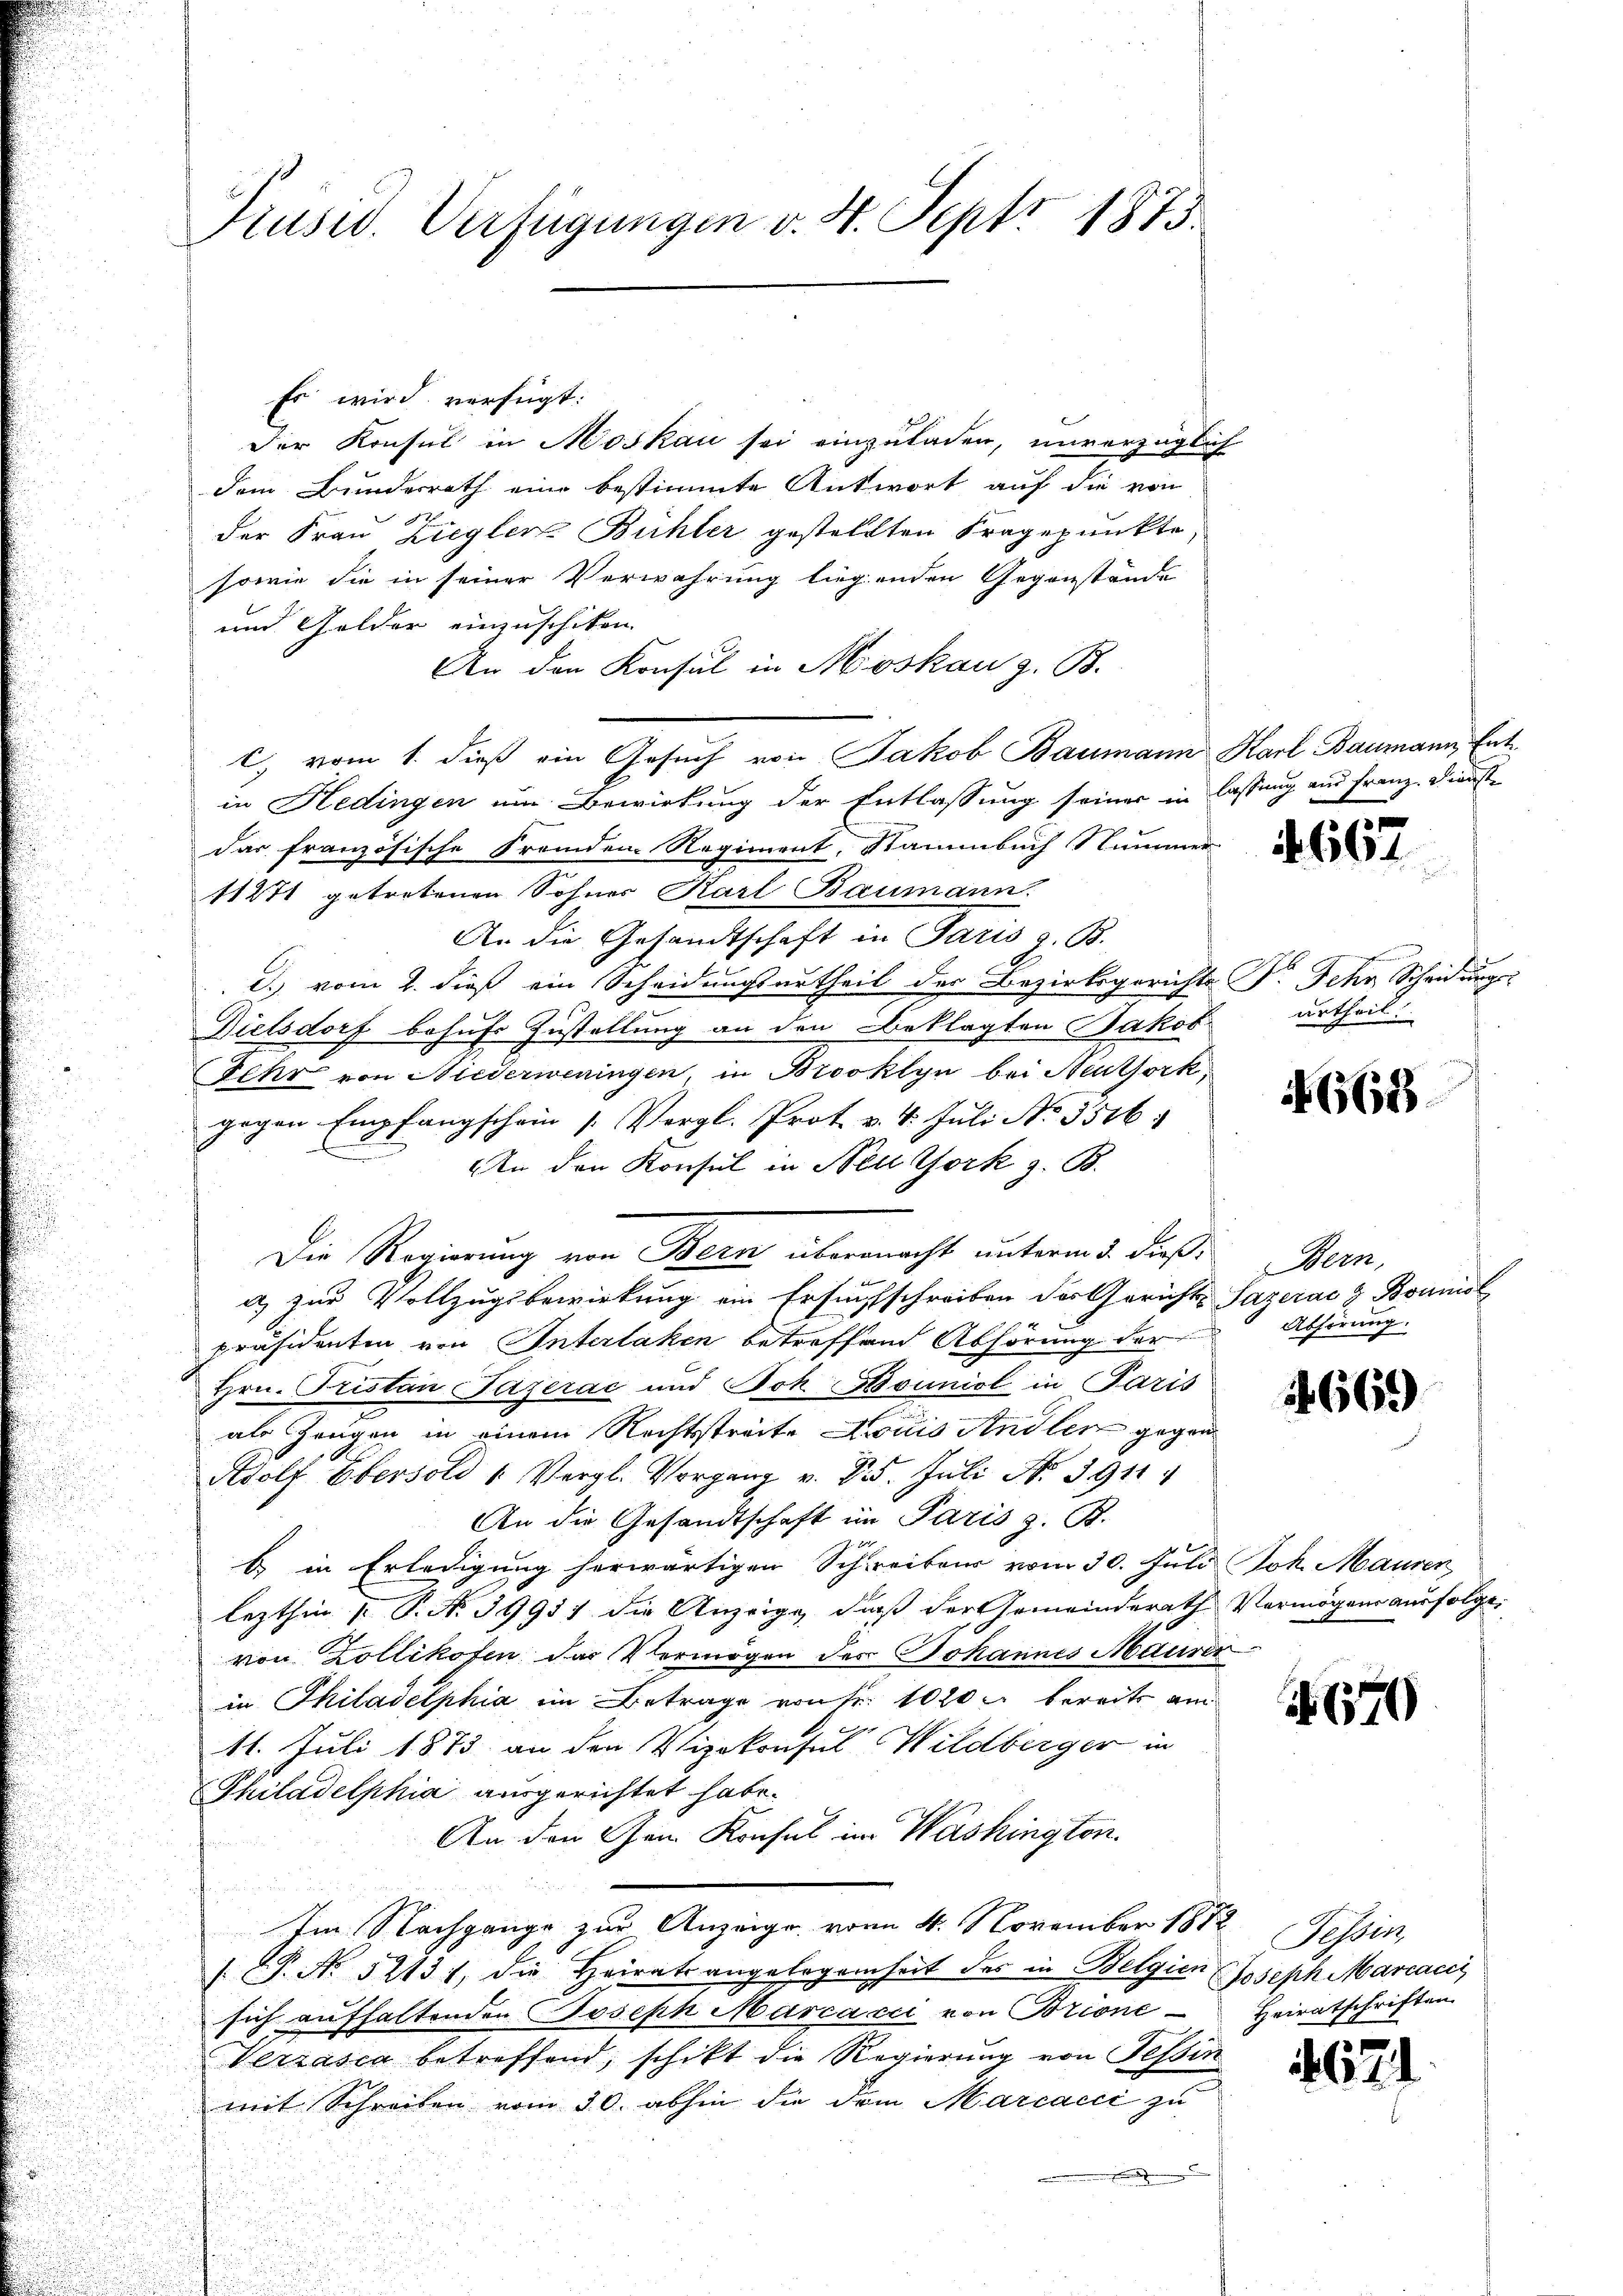
Drusid. Verfügungen v. 4. Sept. 1875.

Der Konsul in Moskau sei einzuladen, unverzüglich
dem Bundesrath eine bestimmte Antwort auf die von
2
der Frau Ziegler-Bühler gestellten Fragepunkte
sowie die in seiner Verwahrung liegenden Gegenstände
und Gelder einzuschiken.
An den Konsul in Moskau z. B.
c) vom 1. dieß ein Gesuch von Jakob Baumann Karl Baumann, Ent-
in Hedingen um Bewirkung der Entlassung seiner in lassung aus Franz. Dienstdas französische Fremden Regiment, Stammbuch Nummer
11271 getretenen Sohner Karl Baumann.
An die Gesandtschaft in Paris z. B.
I. vom 2. dieß ein Scheidungsurtheil der Bezirksgerichts P. Jehr Scheidungss
Dielsdorf behufs Zustellung an den Beklagten Jakob
Fehr von Niederweningen, in Brooklyn bei Heuthork
gegen Empfangschein Vergl. Prot. v. 4. Juli No 3516:
An den Konsul in Nell York z. B.
a) zur Vollzugsbewirkung ein Ersuchschreiben der Gerichts-Sazerae & Bounisl
präsidenten von Interlaken betreffend Abhörung der Abhörung.
Hrn. Fristan Fazerac und Joh Bouniol in Paris
als Zeugen in einem Rechtsstreite Louis Andler gegen
Adolf Eberold 1. Vergl. Vorgang v. 8. Juli N. 3911
An die Gesandtschaft im Paris z. B.
b in Erledigung herwärtigen Schreibens vom 30. Juli Joh. Mauren
lezthin  P. No 39951 die Anzeige, daß der Gemeinderath Vermögens ausfolge
u
von Zollikofen das Vermögen des Johannes Maurer
in Philadelphia im Betrage von Fr. 1020 bereits am
11. Juli 1873 an den Vizekonsul Wildberger in
Philadelphia ausgerichtet habe.
An den Gen. Konsul im Washingten.
Im Nachgange zur Anzeige vom 4. November 1872 Tessin
P. No. 52131, die Heiratsangelegenheit des in Belgien Joseph Marcacis
sich aufhaltenden Joseph Marcacci von Brione Heiratschriften
Verzasca betreffend, schikt die Regierung von Tessin
mit Schreiben vom 30. abhin die dem Marcacci zu
.

Es wird verfügt:

Die Regierung von Bern übernacht unterm 3. dieß.

urtheil.

4667

4668

Bern,

669

679

67.